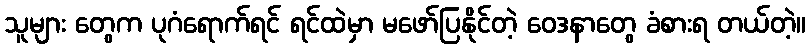
သူများ တွေက ပုဂံရောက်ရင် ရင်ထဲမှာ မဖော်ပြနိုင်တဲ့ ဝေဒနာတွေ ခံစားရ တယ်တဲ့။